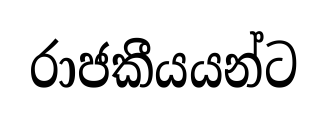
රාජකීයයන්ට